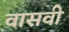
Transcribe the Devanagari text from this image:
वासवी